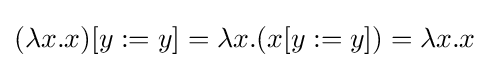
(\lambda x.x)[y:=y]=\lambda x.(x[y:=y])=\lambda x.x